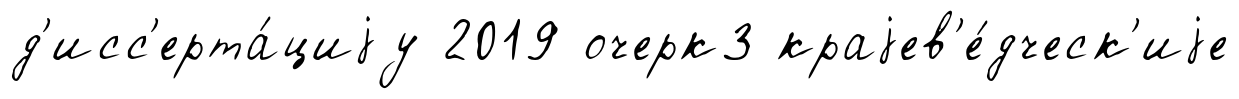
д'исс'ерта́циjу 2019 очерк3 краjев'е́дческ'иjе